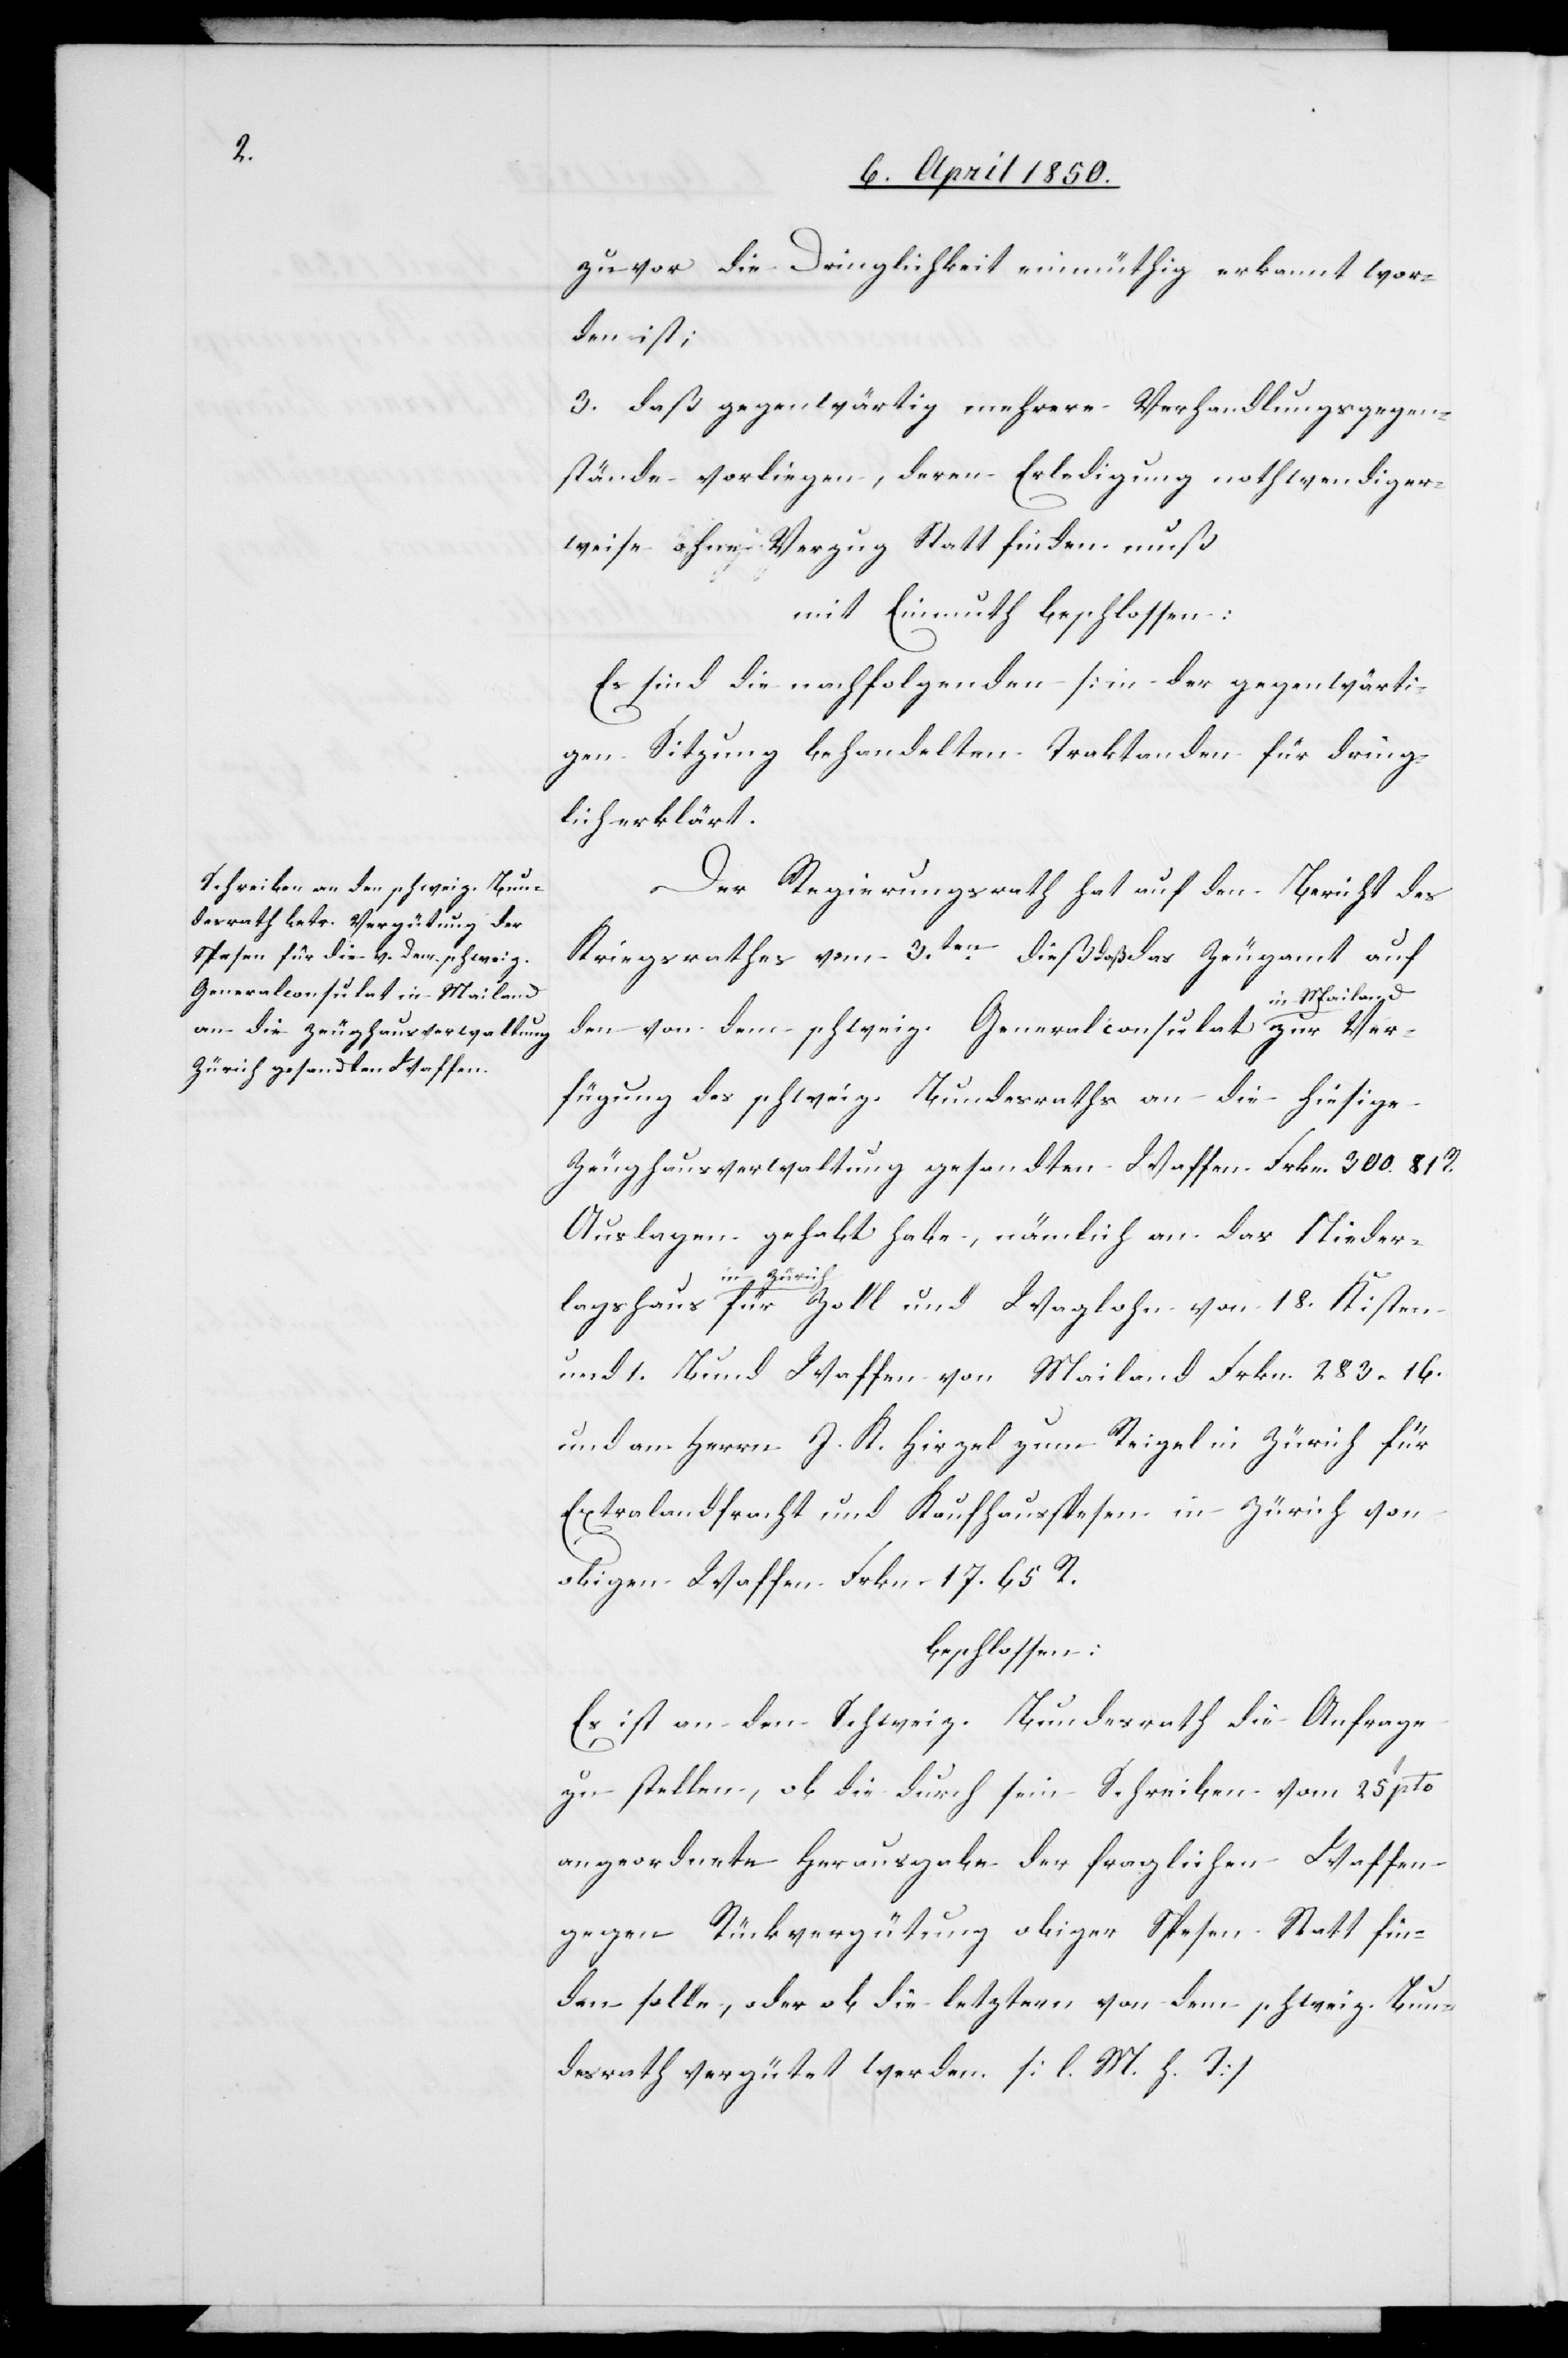
Generalconsulat in Mailand

zuvor die Dringlichkeit einmüthig erkannt wor¬
den ist;
3. Daß gegenwärtig mehrere Verhandlungsgegen¬
stände vorliegen, deren Erledigung nothwendiger¬
weise ohne Verzug Statt finden muß
mit Einmuth beschlossen:
Es sind die nachfolgenden [in der gegenwärti¬
gen Sitzung behandelten[]] Traktanden für dring¬
lich erklärt.
Der Regierungsrath hat auf den Bericht des
Kriegsrathes vom 3.ten dieß daß das Zeugamt auf
fügung des schweiz. Bundesraths an die hiesige
Zeughausverwaltung gesandten Waffen Frkn. 300. 81.
Auslagen gehabt habe, nämlich an das Nieder¬
18. Kisten
und 1. Bund Waffen von Mailand Frkn. 283. 16.
und an Herrn J. K. Hirzel zum Reigel in Zürich für
Extralandfracht und Kaufhausspesen in Zürich von
obigen Waffen Frkn. 17. 65. R.
beschlossen:
Es ist an den Schweiz. Bundesrath die Anfrage
zu stellen, ob die durch sein Schreiben vom 25t pto
angeordnete Herausgabe der fraglichen Waffen
gegen Rückvergütung obiger Spesen Statt fin¬
den solle, oder ob die letztern von dem schweiz. Bun¬
desrath vergütet werden. [l. M. h. T.]